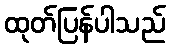
ထုတ်ပြန်ပါသည်